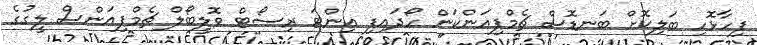
ފިހާޅޮހި ބަލިކޮށް ބަނޑޮސް ޗެމްޕިއަންކަން ހޯދައިފި އިންޓަ ރިސޯޓް ވޮލީބޯލް ޗެމްޕިއަންސް ލީގުގެ